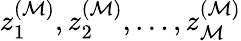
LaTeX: z_{1}^{({\cal M})},z_{2}^{({\cal M})},\dots,z_{\cal M}^{({\cal M})}